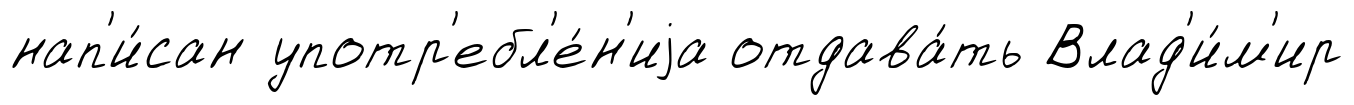
нап'и́сан употр'ебл'е́н'иjа отдава́ть Влад'и́м'ир